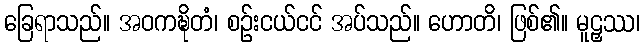
ခြေရာသည်။ အဝကဍ္ဎိတံ၊ စဉ်းငယ်ငင် အပ်သည်။ ဟောတိ၊ ဖြစ်၏။ မူဠှဿ၊